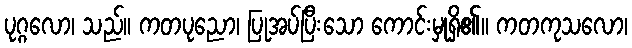
ပုဂ္ဂလော၊ သည်။ ကတပုညော၊ ပြုအပ်ပြီးသော ကောင်းမှုရှိ၏။ ကတကုသလော၊